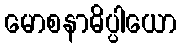
မောစနာဓိပ္ပါယော